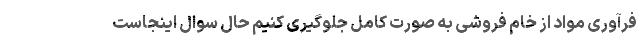
فرآوری مواد از خام فروشی به صورت کامل جلوگیری کنیم حال سوال اینجاست